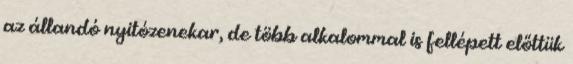
az állandó nyitózenekar, de több alkalommal is fellépett előttük